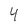
Character: 4